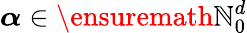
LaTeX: {\boldsymbol{\alpha}}\in\ensuremath{\mathbb{N}}_{0}^{d}